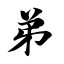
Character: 弟